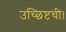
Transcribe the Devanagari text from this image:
उच्छिष्टची।